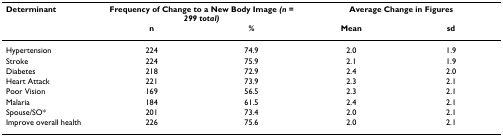
<table><thead><tr><td><b>Determinant</b></td><td colspan="2"><b>Frequency of Change to a New Body Image <i>(n = 299 total)</i></b></td><td colspan="2"><b>Average Change in Figures</b></td></tr><tr><td></td><td><b>n</b></td><td><b>%</b></td><td><b>Mean</b></td><td><b>sd</b></td></tr></thead><tbody><tr><td>Hypertension</td><td>224</td><td>74.9</td><td>2.0</td><td>1.9</td></tr><tr><td>Stroke</td><td>224</td><td>75.9</td><td>2.1</td><td>1.9</td></tr><tr><td>Diabetes</td><td>218</td><td>72.9</td><td>2.4</td><td>2.0</td></tr><tr><td>Heart Attack</td><td>221</td><td>73.9</td><td>2.3</td><td>2.1</td></tr><tr><td>Poor Vision</td><td>169</td><td>56.5</td><td>2.3</td><td>2.1</td></tr><tr><td>Malaria</td><td>184</td><td>61.5</td><td>2.4</td><td>2.1</td></tr><tr><td>Spouse/SO*</td><td>201</td><td>73.4</td><td>2.0</td><td>2.1</td></tr><tr><td>Improve overall health</td><td>226</td><td>75.6</td><td>2.0</td><td>2.1</td></tr></tbody></table>